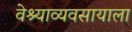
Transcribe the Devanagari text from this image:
वेश्याव्यवसायाला